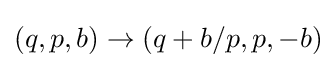
\displaystyle (q,p,b)\to (q+b/p,p,-b)